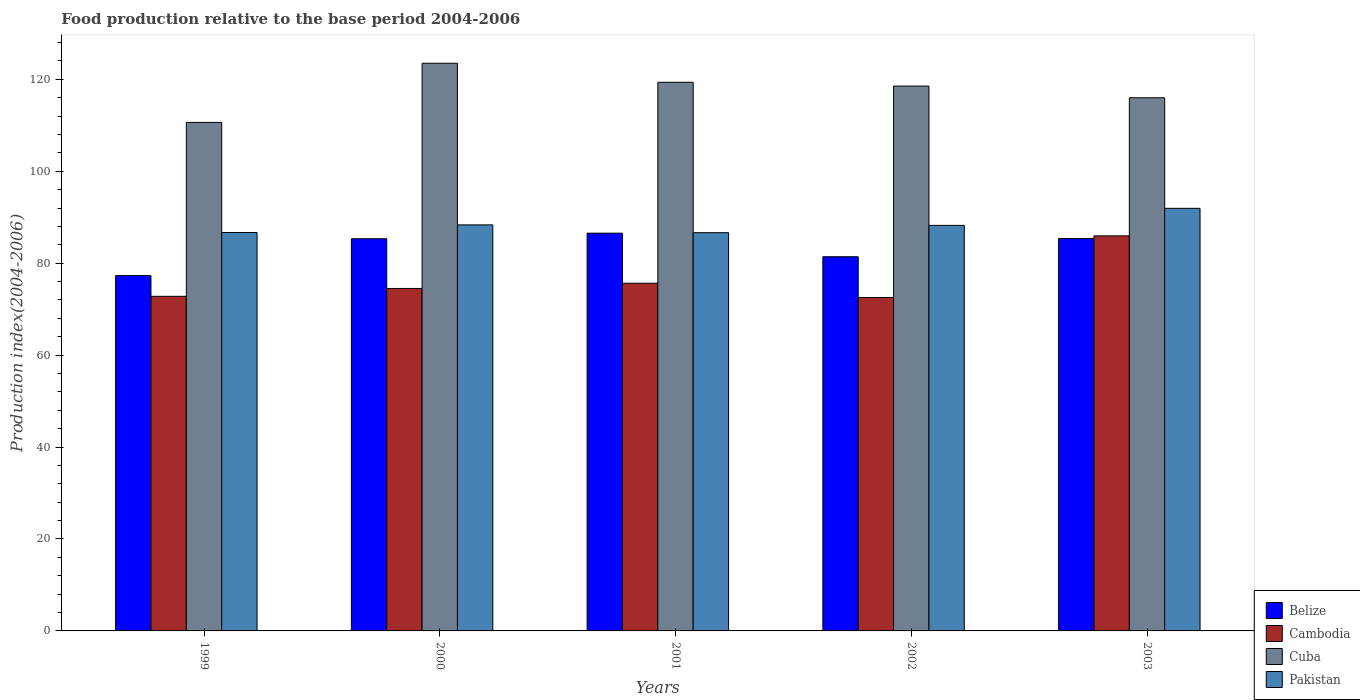
| Years | Belize | Cambodia | Cuba | Pakistan |
 | --- | --- | --- | --- | --- |
 | 1999 | 77.3 | 72.8 | 111 | 86.7 |
 | 2000 | 85.3 | 74.5 | 123 | 88.3 |
 | 2001 | 86.5 | 75.6 | 119 | 86.6 |
 | 2002 | 81.4 | 72.5 | 119 | 88.2 |
 | 2003 | 85.4 | 85.9 | 116 | 91.9 |